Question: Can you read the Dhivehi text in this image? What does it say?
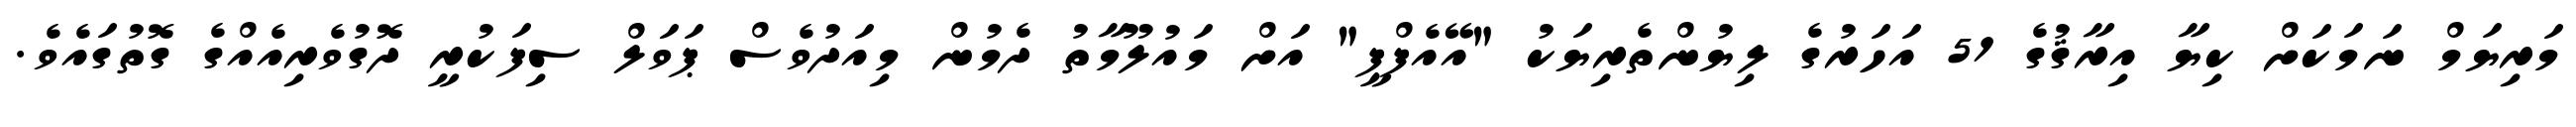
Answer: މަރިޔަމް ނަމަކަށް ކިޔާ އިރާޤުގެ 51 އަހަރުގެ ލިޔުންތެރިޔަކު "އޭއެފްޕީ" އަށް މައުލޫމާތު ދެމުން މިއަދުވެސް ޕަވަލް ސިފަކުރީ ދޮގުވެރިއެއްގެ ގޮތުގައެވެ.